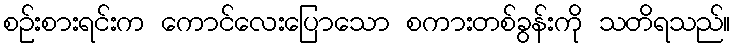
စဉ်းစားရင်းက ကောင်လေးပြောသော စကားတစ်ခွန်းကို သတိရသည်။